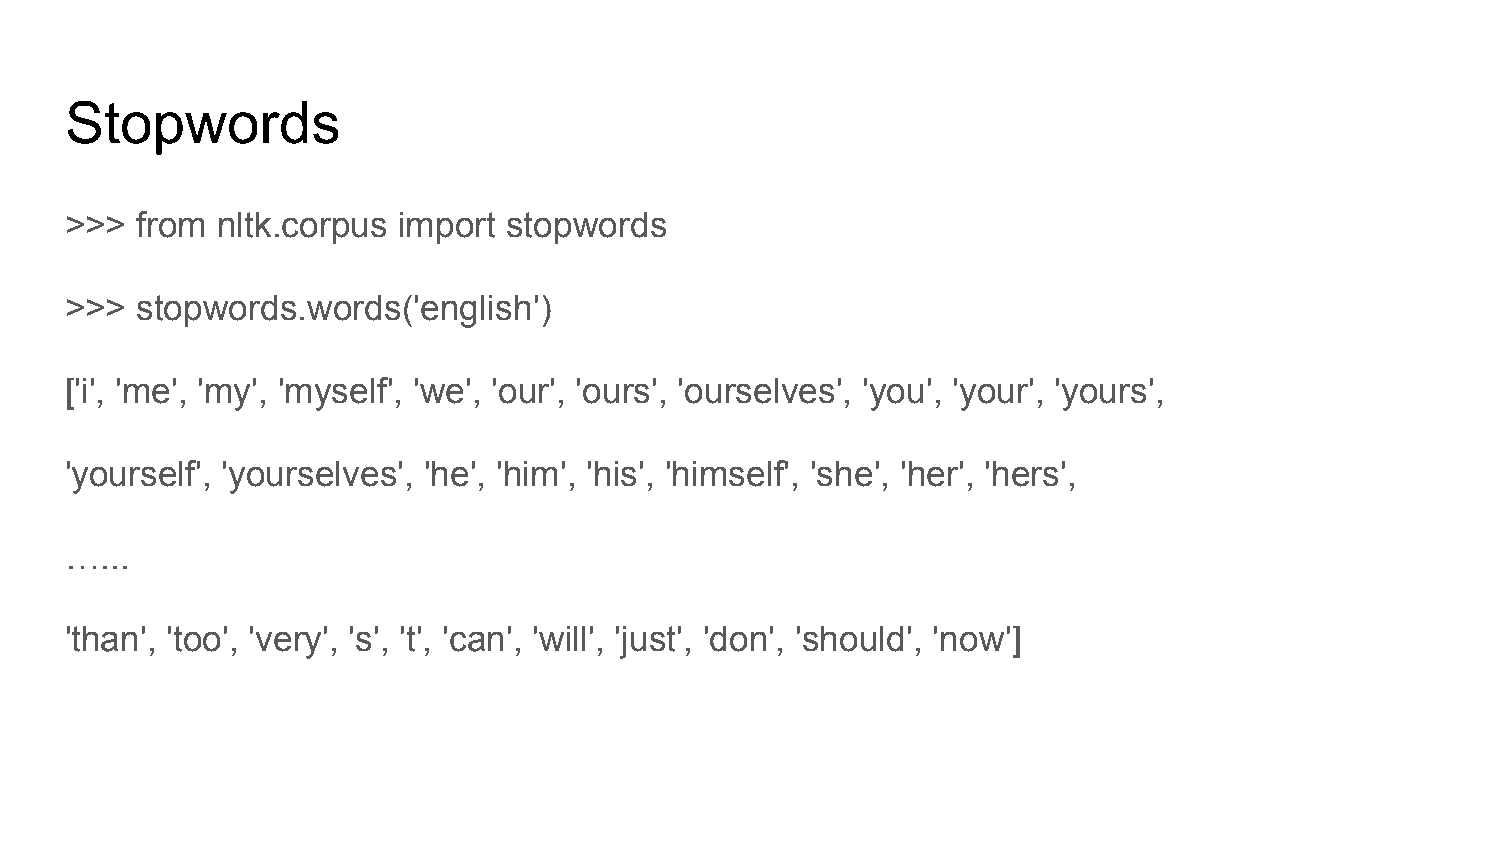
Stopwords
 >>>  from nltk.corpus import  stopwords
 >>>  stopwords.words('english')
 ['i', 'me', 'my', 'myself', 'we', 'our', 'ours', 'ourselves', 'you', 'your', 'yours',
 'yourself', 'yourselves', 'he', 'him', 'his', 'himself', 'she', 'her', 'hers',
 …...
 'than', 'too', 'very', 's', 't', 'can', 'will', 'just', 'don', 'should', 'now']